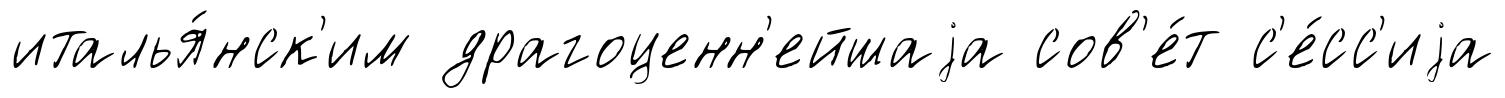
италья́нск'им драгоценн'ейшаjа сов'е́т с'е́сс'иjа